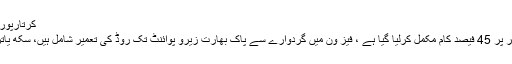
کرتارپورراہداری منصوبہ، فیز ون کی تعمیر پر 45 فیصدکام مکمل
نارووال: کرتارپور راہداری منصوبے کے فیز ون کی تعمیر پر 45 فیصد کام مکمل کرلیا گیا ہے ، فیز ون میں گردوارے سے پاک بھارت زیرو پوائنٹ تک روڈ کی تعمیر شامل ہیں، سکھ یاتریوں کی سہولت کے لئےگردوارے کو وسیع کیا جارہا ہے۔